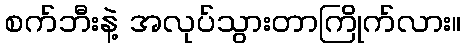
စက်ဘီးနဲ့ အလုပ်သွားတာကြိုက်လား။